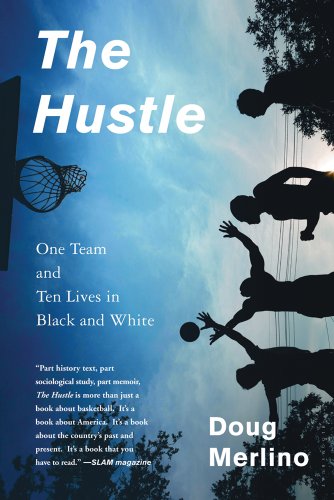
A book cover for The Hustle: One Team and Ten Lives in Black and White; Doug Merlino; Sports & Outdoors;